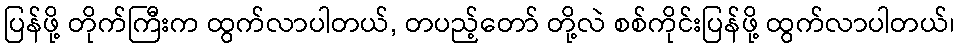
ပြန်ဖို့ တိုက်ကြီးက ထွက်လာပါတယ်, တပည့်တော် တို့လဲ စစ်ကိုင်းပြန်ဖို့ ထွက်လာပါတယ်၊